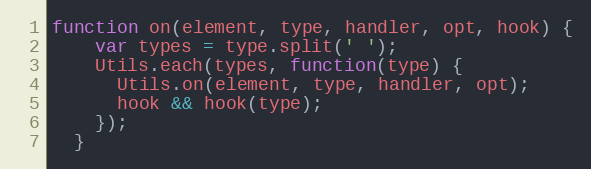
Language: JavaScript
function on(element, type, handler, opt, hook) {
    var types = type.split(' ');
    Utils.each(types, function(type) {
      Utils.on(element, type, handler, opt);
      hook && hook(type);
    });
  }